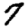
Digit: 7